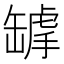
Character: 𦉌